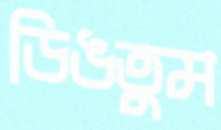
ডিঙতুম